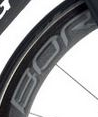
BOR